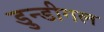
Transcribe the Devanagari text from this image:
डुन्डीगल